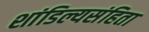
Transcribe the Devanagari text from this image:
शांडिल्यसंहिता